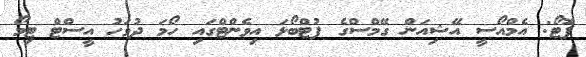
ފޮޓޯ: އެމްއޯސީ އޭޝިއަން ގޭމްސްގެ ފުޓްބޯޅަ އިވެންޓްގައި ހޯމަ ދުވަހު އީސްޓް ޓިމޯ